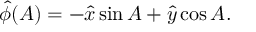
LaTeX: \hat { \phi } ( A ) = - \hat { x } \sin { A } + \hat { y } \cos { A } .